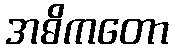
အဓိကတော